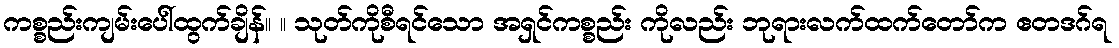
ကစ္စည်းကျမ်းပေါ်ထွက်ချိန်။ ။ သုတ်ကိုစီရင်သော အရှင်ကစ္စည်း ကိုလည်း ဘုရားလက်ထက်တော်က ဧတဒဂ်ရ